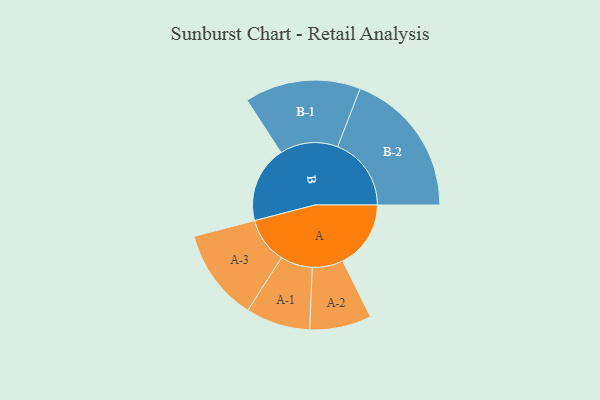
{"axis": {"x": "Segment", "y": "Value"}, "legend": ["", "A", "B"], "data": [{"x": "A", "y": 256, "type": ""}, {"x": "B", "y": 288, "type": ""}, {"x": "A-1", "y": 121, "type": "A"}, {"x": "A-2", "y": 116, "type": "A"}, {"x": "A-3", "y": 173, "type": "A"}, {"x": "B-1", "y": 218, "type": "B"}, {"x": "B-2", "y": 277, "type": "B"}]}